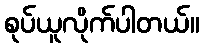
စုပ်ယူလိုက်ပါတယ်။